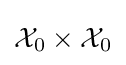
{\mathcal {X}}_{0}\times {\mathcal {X}}_{0}